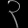
Digit: ၃